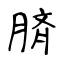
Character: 𦜝